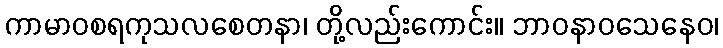
ကာမာဝစရကုသလစေတနာ၊ တို့လည်းကောင်း။ ဘာဝနာဝသေနေဝ၊